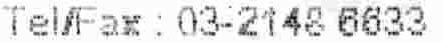
TEL/FAX : 30-2148 6633